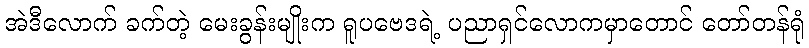
အဲဒီလောက် ခက်တဲ့ မေးခွန်းမျိုးက ရူပဗေဒရဲ့ ပညာရှင်လောကမှာတောင် တော်တန်ရုံ